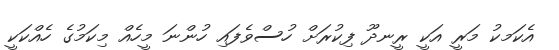
އެކަމކު މަރީ އަކީ ރީނދޫ ފިކުރަށް ހުސްވެފައި ހުންނަ މީހެއް މިކަމުގެ ހެއްކަކީ